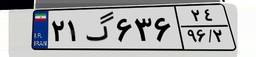
۶۸گ۷۵۴۴۱